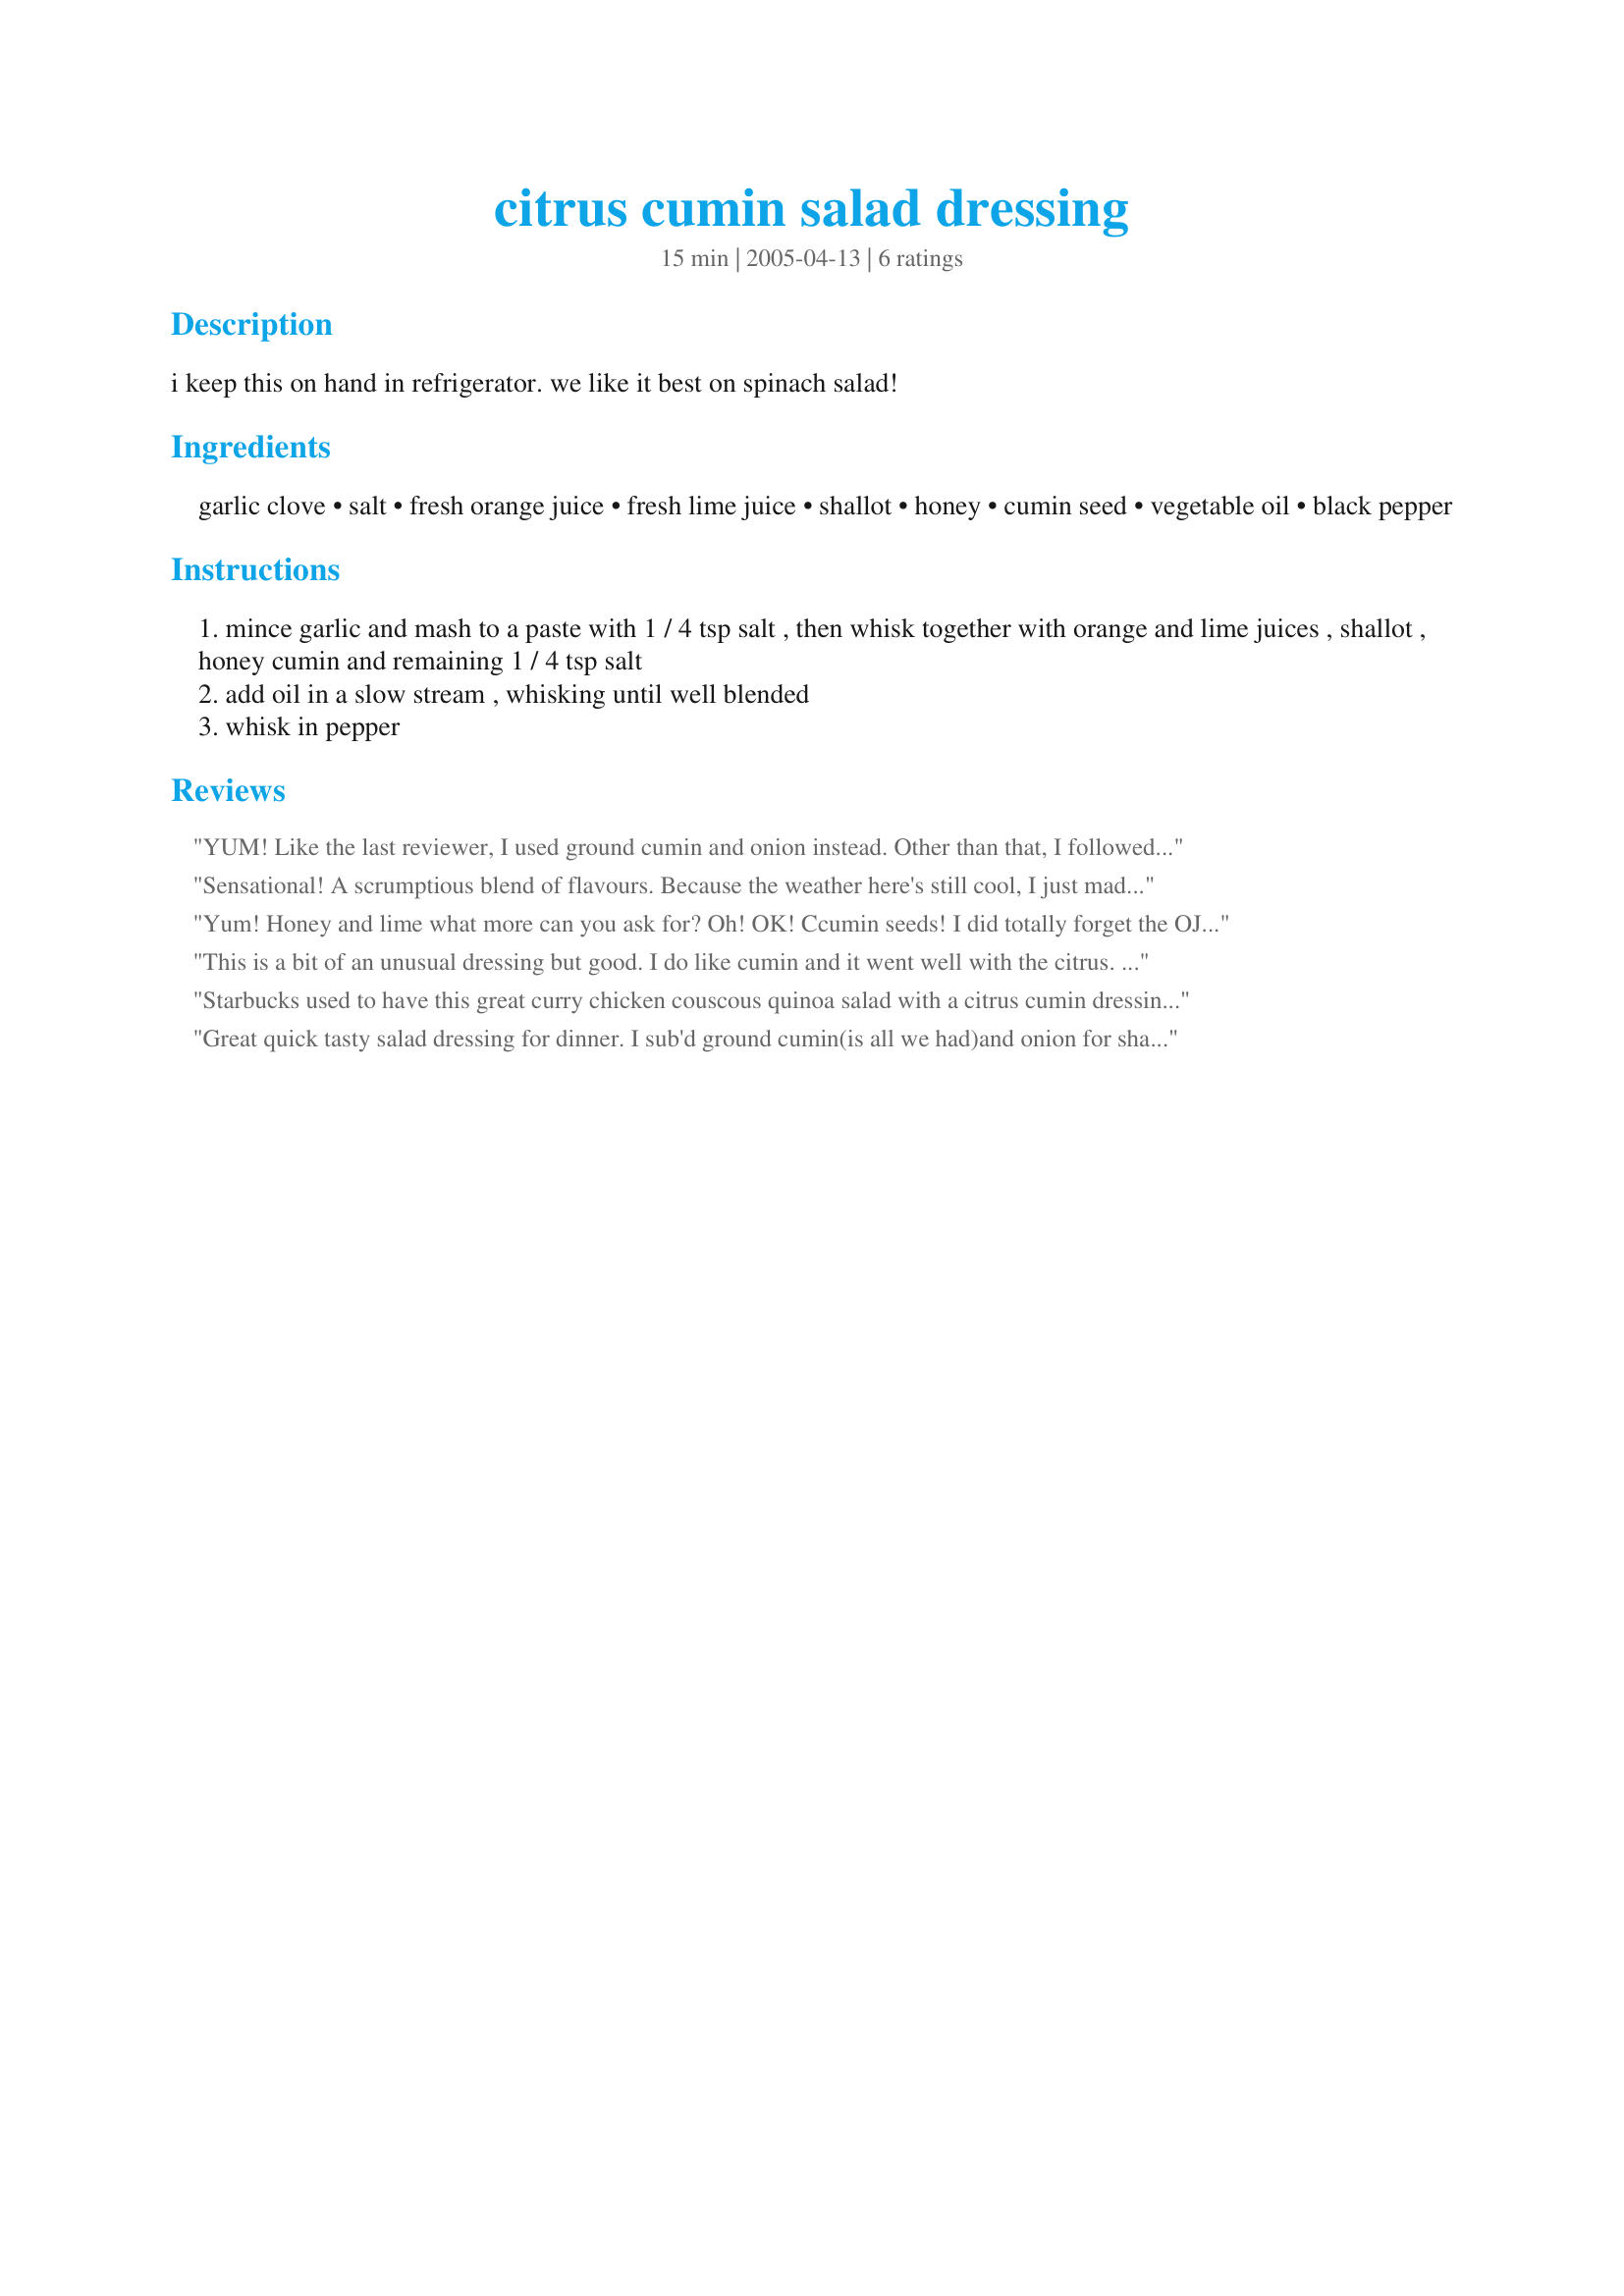
citrus cumin salad dressing
Preparation time: 15 minutes

i keep this on hand in refrigerator. we like it best on spinach salad!

Ingredients:
garlic clove, salt, fresh orange juice, fresh lime juice, shallot, honey, cumin seed, vegetable oil, black pepper

Steps:
mince garlic and mash to a paste with 1 / 4 tsp salt , then whisk together with orange and lime juices , shallot , honey cumin and remaining 1 / 4 tsp salt
add oil in a slow stream , whisking until well blended
whisk in pepper

Reviews:
YUM! Like the last reviewer, I used ground cumin and onion instead. Other than that, I followed the recipe exactly and it was terrific! I sauteed some shrimp with some citrus seasoning and topped my mixed green salad with the shrimp and the dressing. It was terrific! Thanks!
Sensational! A scrumptious blend of flavours. Because the weather here's still cool, I just made a half quantity - except for the garlic: what do you do with a half clove of garlic?! - but I'll be making this again in summer! I made it with olive oil. Thanks for sharing this recipe, katie!
Yum! Honey and lime what more can you ask for? Oh! OK! 
Ccumin seeds! I did totally forget the OJ But did not miss it at all! I made it by placing all in my vita mix and blended till smooth . Good stuff.
This is a bit of an unusual dressing but good. I do like cumin and it went well with the citrus. I used a food processor for convenience and it worked well.
Starbucks used to have this great curry chicken couscous quinoa salad with a citrus cumin dressing. Sadly, they don't make it anymore, but now I can make my own with this dressing! Half n half quinoa and couscous, either curry chicken or tofu, grapes, pine nuts and whatever other veggies you like; tomatoes, chickpeas, carrots, red bell pepper... I like all those in mine. This is my favorite thing now whenever I have to brownbag a lunch. And I don't even like couscous... Also, just as tasty with only quinoa instead of couscous if you're gluten free.
Great quick tasty salad dressing for dinner. I sub'd ground cumin(is all we had)and onion for shallots(close?)
It was awesome with the potato omelet we had. Thanks for a quick and tasty dressing. Will definately make again.
